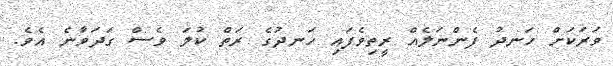
ވަރަކަށް ހަނދު ފެންނަލެއް ރީތިވެފައި ހަނދުގެ ރަތް ކުލަ ވެސް ގަދަވާނެ އެވެ.